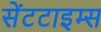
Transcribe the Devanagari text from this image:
सेंटटाइम्स